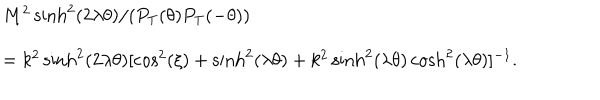
\begin{array} { l l } { { } } & { { M ^ { 2 } \sinh ^ { 2 } ( 2 \lambda \theta ) / ( P _ { \mathrm { T } } ( \theta ) P _ { \mathrm { T } } ( - \theta ) ) } } \\ { { } } & { { = k ^ { 2 } \sinh ^ { 2 } ( 2 \lambda \theta ) [ \cos ^ { 2 } ( \xi ) + \sinh ^ { 2 } ( \lambda \theta ) + k ^ { 2 } \sinh ^ { 2 } ( \lambda \theta ) \cosh ^ { 2 } ( \lambda \theta ) ] ^ { - 1 } . } } \\ \end{array}